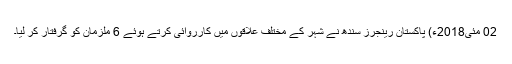
02 مئی2018ء) پاکستان رینجرز سندھ نے شہر کے مختلف علاقوں میں کارروائی کرتے ہوئے 6 ملزمان کو گرفتار کر لیا۔